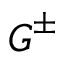
\boldsymbol { G } ^ { \pm }